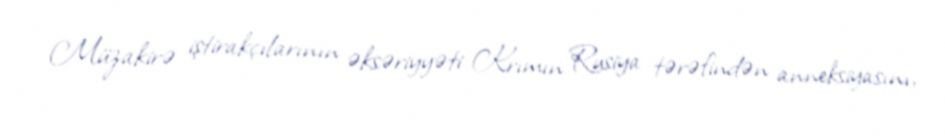
Müzakirə iştirakçılarının əksəriyyəti Krımın Rusiya tərəfindən anneksiyasını,